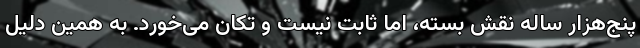
پنج‌هزار ساله نقش بسته، اما ثابت نیست و تکان می‌خورد. به همین دلیل